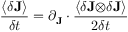
\frac { \left\langle \delta \mathbf { J } \right\rangle } { \delta t } = \partial _ { \mathbf { J } } \cdot \frac { \left\langle \delta \mathbf { J \otimes } \delta \mathbf { J } \right\rangle } { 2 \delta t }